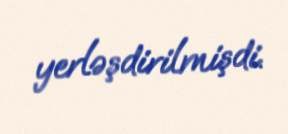
yerləşdirilmişdi.